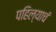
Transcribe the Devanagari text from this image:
पहिल्याचं